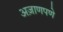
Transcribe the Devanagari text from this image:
अज़ाणपणे